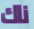
ناك